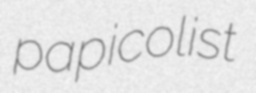
papicolist